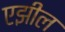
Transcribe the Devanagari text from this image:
एझील